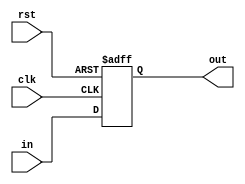
module comb_logic_schmitt_trigger (
    input wire clk,
    input wire rst,
    input wire in,
    output reg out
);

reg internal_out;
reg prev_internal_out;

parameter THRESHOLD_HIGH = 1'b1;
parameter THRESHOLD_LOW = 1'b0;

always @ (posedge clk or negedge rst) begin
    if (rst == 1'b0) begin
        internal_out <= THRESHOLD_HIGH;
    end else begin
        internal_out <= in;
    end
end

always @ (*) begin
    if (internal_out == prev_internal_out) begin
        out = internal_out;
    end else begin
        if (internal_out == THRESHOLD_HIGH) begin
            out = THRESHOLD_HIGH;
        end else begin
            out = THRESHOLD_LOW;
        end
    end
    prev_internal_out = internal_out;
end

endmodule